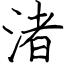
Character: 渚